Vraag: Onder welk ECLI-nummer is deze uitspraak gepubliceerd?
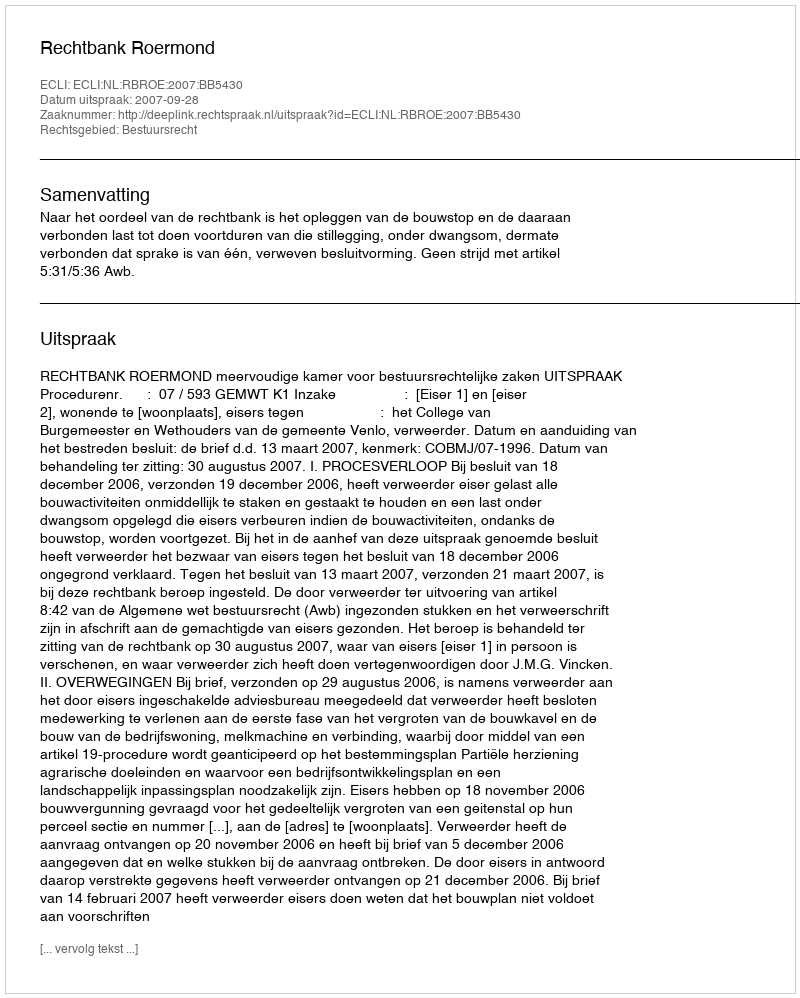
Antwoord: ECLI:NL:RBROE:2007:BB5430